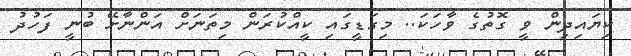
ކިޔައިދިން ވީ ގޮތުގެ ވާހަކަ.. މިގަޑީގައި ކީއްކުރަން މިތަނަށް އަންނާށޭ ބުނީ ފަހުދު